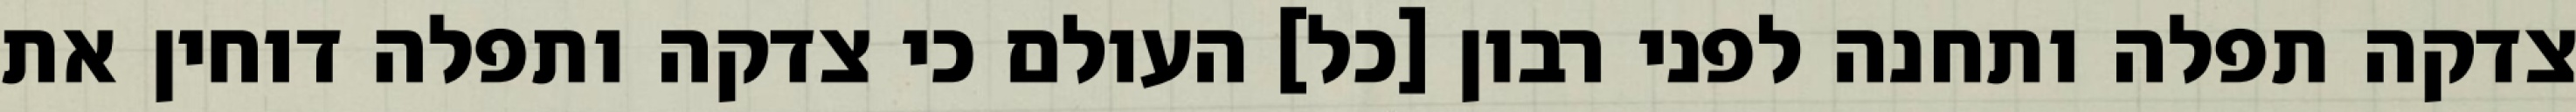
צדקה תפלה ותחנה לפני רבון [כל] העולם כי צדקה ותפלה דוחין את